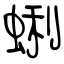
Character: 蜊